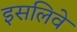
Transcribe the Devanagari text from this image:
इसलिवे